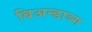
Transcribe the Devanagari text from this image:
बिअन्डाञ्ग